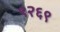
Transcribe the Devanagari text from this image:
९२६९